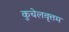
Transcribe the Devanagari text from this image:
कुचेलवृत्तम